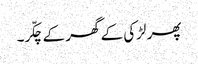
پھر لڑکی کے گھر کے چکّر۔